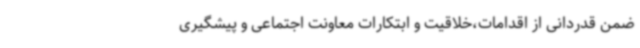
ضمن قدردانی از اقدامات،خلاقیت و ابتکارات معاونت اجتماعی و پیشگیری